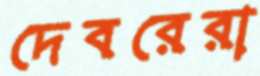
দেবরেরা